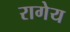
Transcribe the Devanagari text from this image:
रागेय